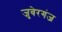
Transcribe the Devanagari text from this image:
जुबेरगंज